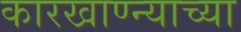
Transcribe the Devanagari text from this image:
कारखाण्न्याच्या